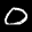
Digit: 0